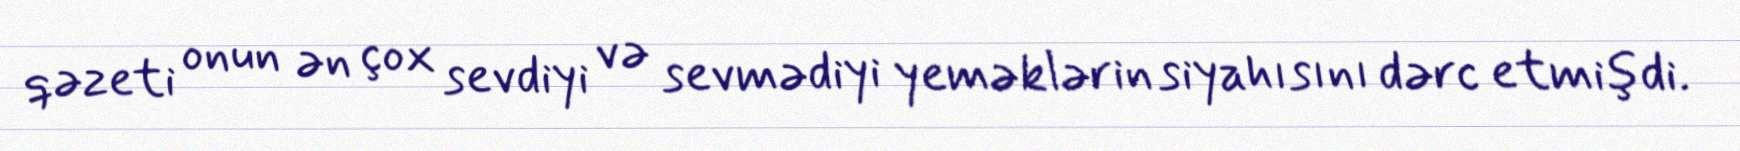
qəzeti onun ən çox sevdiyi və sevmədiyi yeməklərin siyahısını dərc etmişdi.